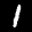
Label: 1